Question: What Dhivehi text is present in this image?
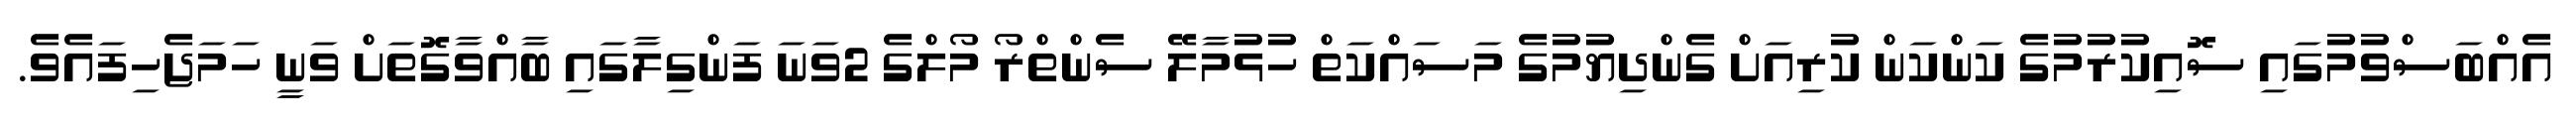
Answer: އެއްބަސްވުމުގައި ސޮއިކުރުމުގެ ކަންކަން ކުރިއަށް ގެންދިޔުމުގެ މަސައްކަތް ހުޅުމާލޭ ސެންތްރޯ މޯލްގެ 2ވަނަ ފަންގިލާގައި ބާއްވާގޮތަށް ވަނީ ހަމަޖެހިފައެވެ.